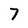
Character: 7